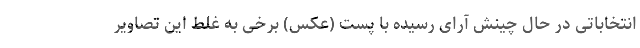
انتخاباتی در حال چینش آرای رسیده با پست (عکس) برخی به غلط این تصاویر